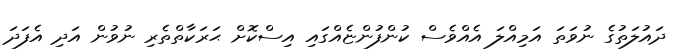
ދައުލަތުގެ ނުވަތަ އަމިއްލަ އެއްވެސް ކުންފުންޏެއްގައި އިސްކޮށް ޙަރަކާތްތެރި ނުވުން އަދި އެފަދަ